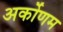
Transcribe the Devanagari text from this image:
अर्कोणम